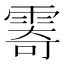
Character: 𩃤